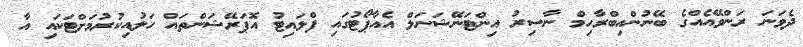
ދެވަނަ ރަންވޭއެއްގެ ބޭނުންއިބްރާހިމް ނާސިރު އިންޓަނޭޝަނަލް އެއާޕޯޓުގައި ފްލައިޓު އޮޕަރޭޝަންތައް ހަލުއިކުރުމަށްޓަކައި އާ